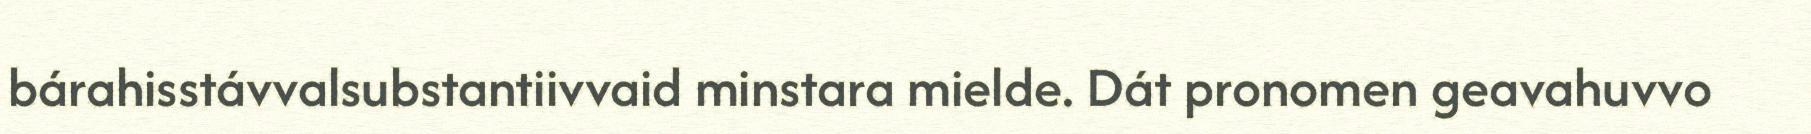
bárahisstávvalsubstantiivvaid minstara mielde. Dát pronomen geavahuvvo